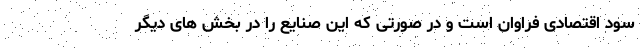
سود اقتصادی فراوان است و در صورتی که این صنایع را در بخش های دیگر